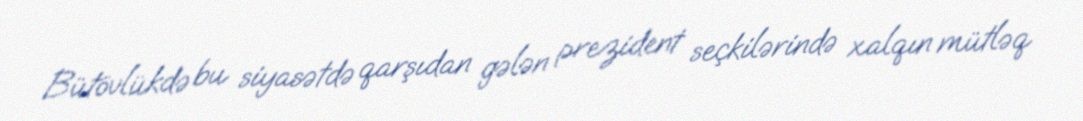
Bütövlükdə bu siyasətdə qarşıdan gələn prezident seçkilərində xalqın mütləq